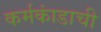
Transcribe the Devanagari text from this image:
कर्मकांडाची